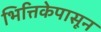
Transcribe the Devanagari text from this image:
भित्तिकेपासून